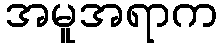
အမူအရာက